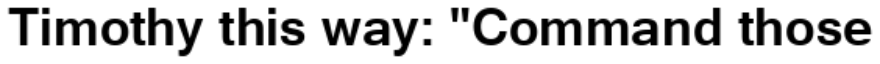
Timothy this way: "Command those